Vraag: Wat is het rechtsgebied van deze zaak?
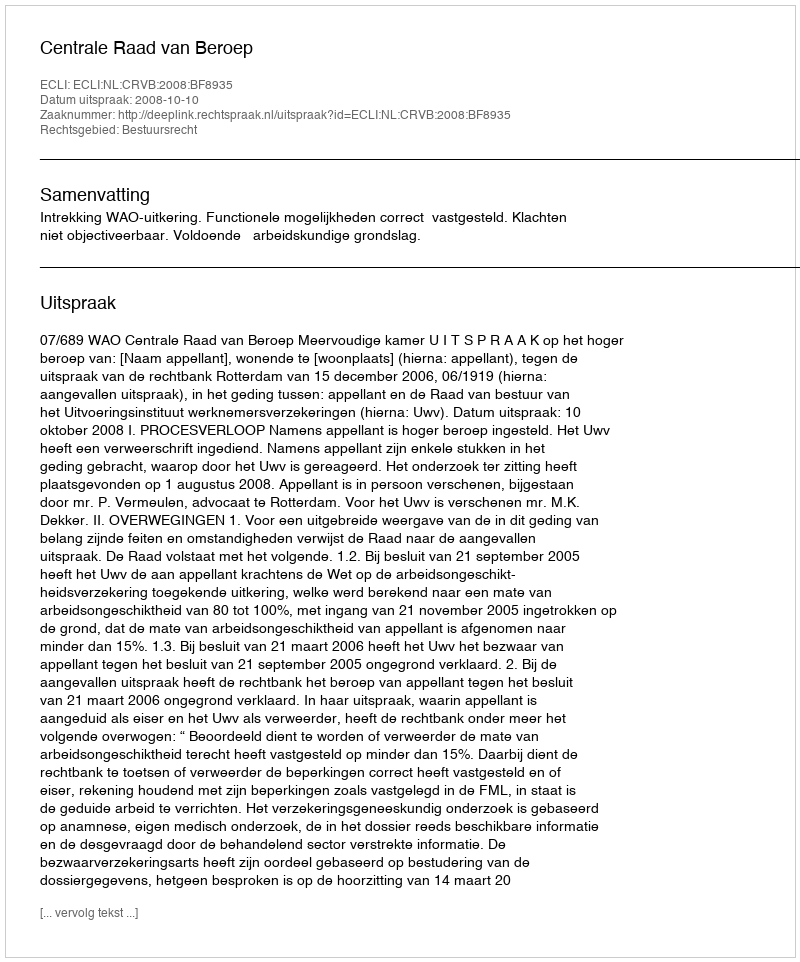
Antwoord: Bestuursrecht